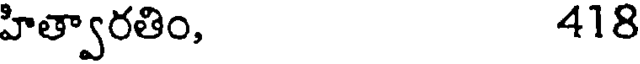
హిత్వారతిం, 418